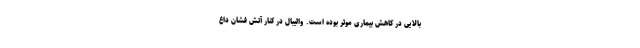
بالایی در کاهش بیماری موثر بوده است. والیبال در کنار آتش فشان داغ